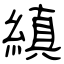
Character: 縝